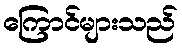
ကြောင်များသည်